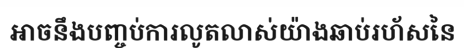
អាចនឹងបញ្ចប់ការលូតលាស់យ៉ាងឆាប់រហ័សនៃ